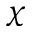
\chi